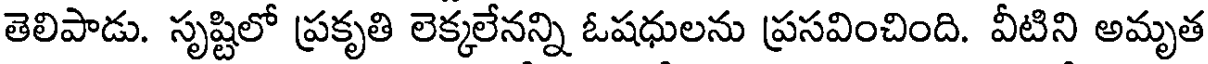
తెలిపాడు. సృష్టిలో ప్రకృతి లెక్కలేనన్ని ఓషధులను ప్రసవించింది. వీటిని అమృత